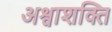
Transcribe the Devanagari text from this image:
अश्वाशक्ति